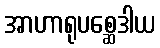
အာဟာရုပစ္ဆေဒါယ